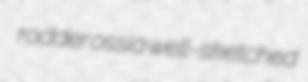
rodder ossia well-sketched